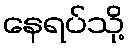
နေရပ်သို့